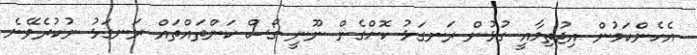
އެެހެންކަމުން އިޖުތިމާއީ ގުޅުން ރަނގަޅު ކޮށްގެން ނޫނީ ގޯސް ކަންތައްތައް ރަނގަޅު ނުކުރެވޭނެ